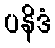
ပနိဒံ